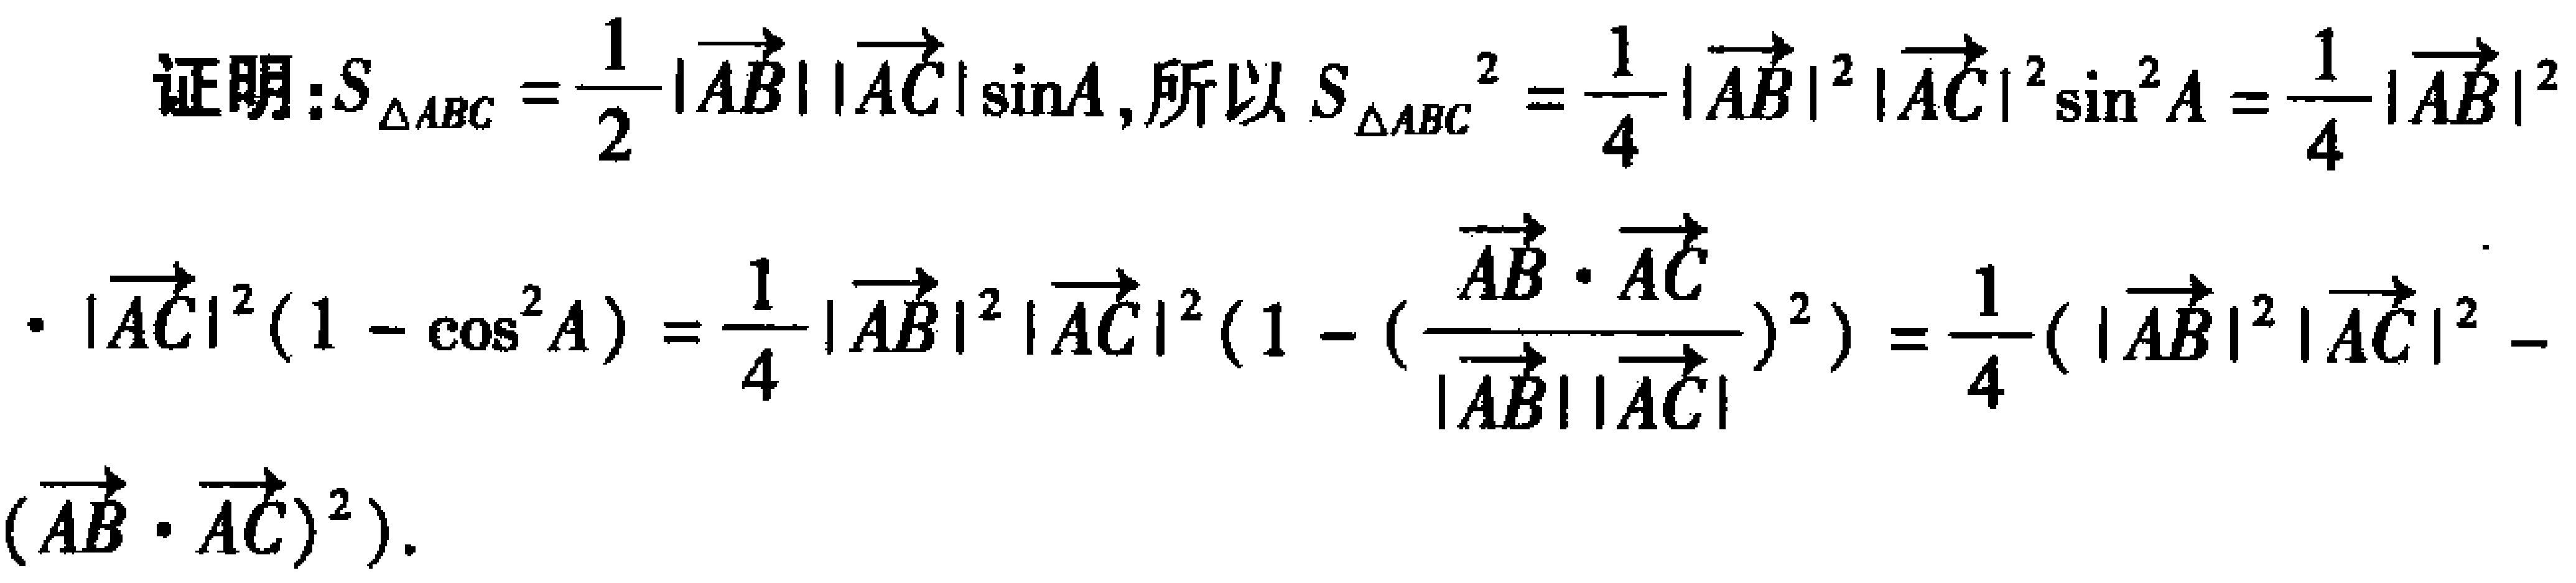
证明：\(S_{\triangle ABC}=\frac{1}{2}|\overrightarrow{AB}||\overrightarrow{AC}|\sin A\)，所以\(S_{\triangle ABC}^{2}=\frac{1}{4}|\overrightarrow{AB}|^{2}|\overrightarrow{AC}|^{2}\sin^{2} A=\frac{1}{4}|\overrightarrow{AB}|^{2}\)
\(\cdot|\overrightarrow{AC}|^{2}(1 - \cos^{2}A)=\frac{1}{4}|\overrightarrow{AB}|^{2}|\overrightarrow{AC}|^{2}(1 - (\frac{\overrightarrow{AB}\cdot\overrightarrow{AC}}{|\overrightarrow{AB}||\overrightarrow{AC}|})^{2})=\frac{1}{4}(|\overrightarrow{AB}|^{2}|\overrightarrow{AC}|^{2}-(\overrightarrow{AB}\cdot\overrightarrow{AC})^{2})\)。